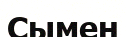
Сымен